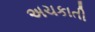
અચકાતી